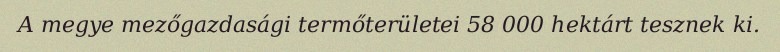
A megye mezőgazdasági termőterületei 58 000 hektárt tesznek ki.